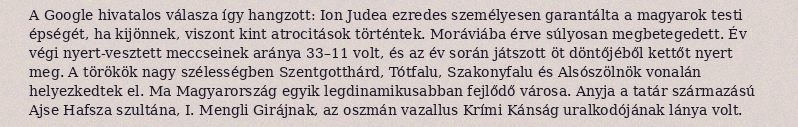
A Google hivatalos válasza így hangzott: Ion Judea ezredes személyesen garantálta a magyarok testi épségét, ha kijönnek, viszont kint atrocitások történtek. Moráviába érve súlyosan megbetegedett. Év végi nyert-vesztett meccseinek aránya 33–11 volt, és az év során játszott öt döntőjéből kettőt nyert meg. A törökök nagy szélességben Szentgotthárd, Tótfalu, Szakonyfalu és Alsószölnök vonalán helyezkedtek el. Ma Magyarország egyik legdinamikusabban fejlődő városa. Anyja a tatár származású Ajse Hafsza szultána, I. Mengli Girájnak, az oszmán vazallus Krími Kánság uralkodójának lánya volt.